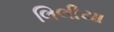
લિલીયા